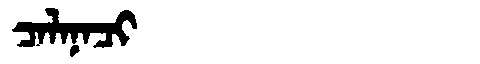
Manchu: ᠴᠠᠯᠠᠨᠠᠴᡳ
Romanization: CALANACI